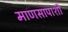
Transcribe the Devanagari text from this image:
माणसापाशी